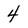
Character: 4